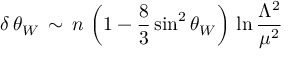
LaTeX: \delta \, \theta _ { W } \, \sim \, n \, \left( 1 - \frac { 8 } { 3 } \sin ^ { 2 } \theta _ { W } \right) \, \ln \frac { \Lambda ^ { 2 } } { \mu ^ { 2 } }